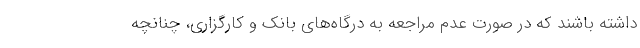
داشته باشند که در صورت عدم مراجعه به درگاه‌های بانک و کارگزاری، چنانچه